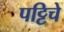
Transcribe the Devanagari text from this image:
पट्टिचे